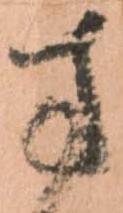
方